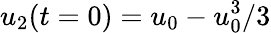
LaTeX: u_{2}(t=0)=u_{0}-u_{0}^{3}/3